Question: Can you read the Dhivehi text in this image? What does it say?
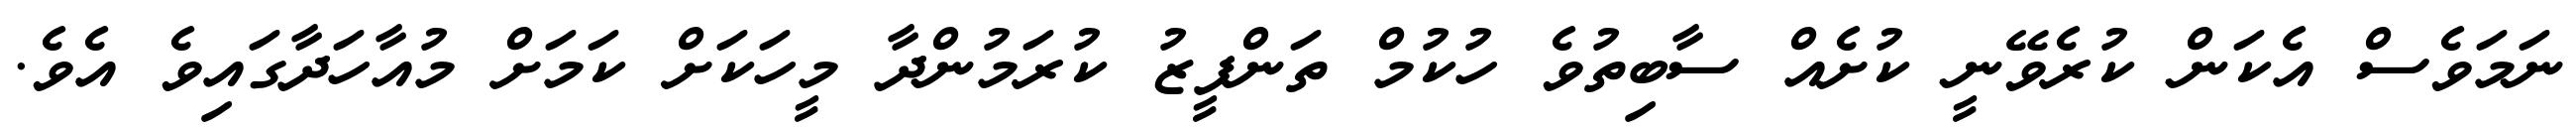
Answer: ނަމަވެސް އެކަން ކުރެވޭނީ ކުށެއް ސާބިތުވެ ހުކުމް ތަންފީޒު ކުރަމުންދާ މީހަކަށް ކަމަށް މުއާހަދާގައިވެ އެވެ.